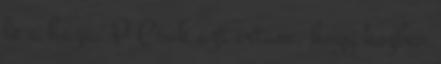
le a haza. P Csak azt irtam, hogy kozben